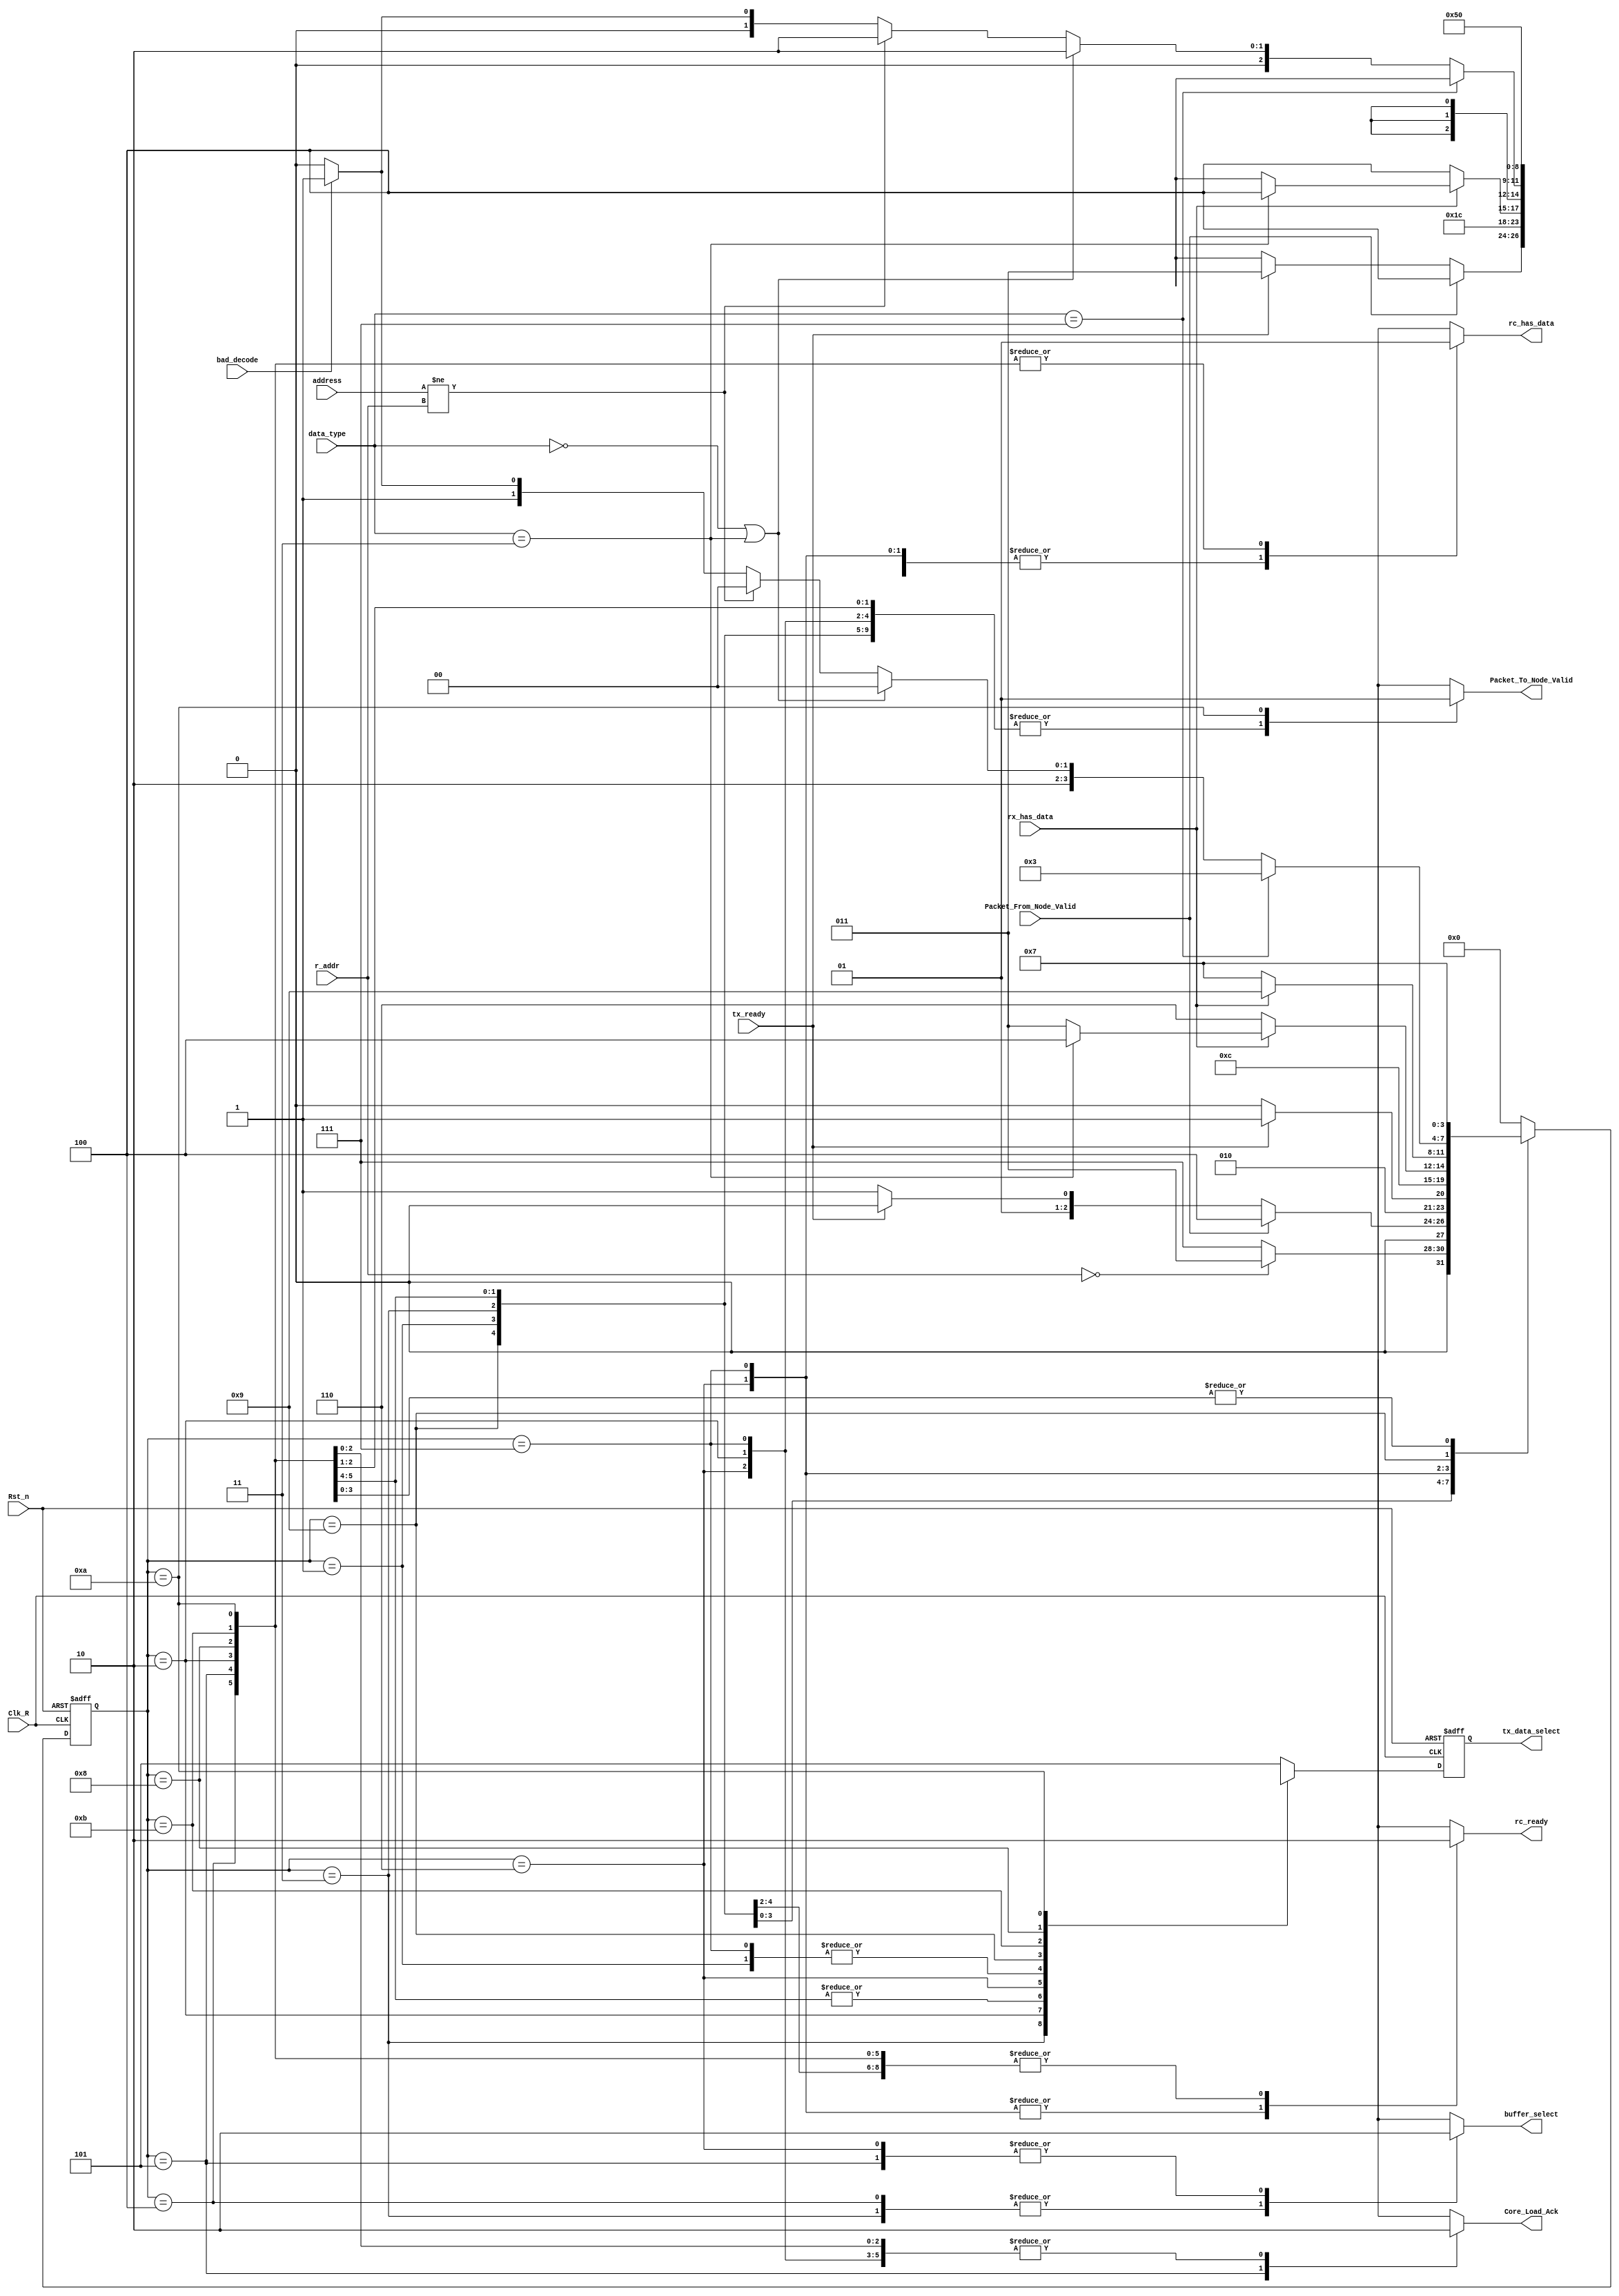
module control_logic(Clk_R, Rst_n, rx_has_data, address, r_addr, bad_decode, data_type, Packet_To_Node_Valid, 
			Core_Load_Ack, Packet_From_Node_Valid, buffer_select, 
			tx_data_select, rc_ready, tx_ready, rc_has_data);

   parameter[2:0] TOKEN =  3'b111;
   parameter[2:0] ACK =    3'b000;
   parameter[2:0] NACK =   3'b011;
   parameter[2:0] DATA_C = 3'b010;
   parameter[2:0] DATA_3 = 3'b001;

   /* tx_data_select values */
   parameter [2:0] tx_ACK = 3'd0;
   parameter [2:0] tx_NACK = 3'd1;
   parameter [2:0] tx_FORWARD = 3'd2;
   parameter [2:0] tx_TOKEN = 3'd3;
   parameter [2:0] tx_NEW = 3'd4;
   parameter [2:0] ERR_SIG = 3'd5;
   
   /* states */
   parameter ERR_STATE =         4'd0;   
   parameter CHECK_IF_MASTER =	4'd1;
   parameter SEND_TOKEN	=	4'd2;
   parameter CHECK_NODE =	4'd3;
   parameter ENCODE =		4'd4;
   parameter SEND_TX =		4'd5;
   parameter LISTEN_WITH_TOKEN=	4'd6;
   parameter LISTEN_NO_TOKEN =	4'd7;
   parameter FORWARD =		4'd8;
   parameter CHECK_ADDRESS =    4'd9;
   parameter SEND_NODE	=	4'd10;
   parameter SEND_NACK  =       4'd11;
   
   input rx_has_data, bad_decode, Packet_From_Node_Valid, tx_ready, Clk_R, Rst_n;
   input [3:0] address;
   input [3:0] r_addr;
   input [2:0] data_type;
   
   output reg  rc_ready, Packet_To_Node_Valid, Core_Load_Ack, buffer_select, rc_has_data;
   output reg [2:0] tx_data_select;
   
   reg [3:0] 	state, next_state;
   reg [2:0]    select_sig,next_select_sig;
   
   always@(posedge Clk_R, negedge Rst_n)begin
      if(!Rst_n) begin
	state <= CHECK_IF_MASTER;
	select_sig <= 3'b0; 
	end
      else begin
	state <= next_state;
	select_sig <= next_select_sig;
   end
   end

   // Next state logic
   always@(*)begin
      case(state)
	CHECK_IF_MASTER: begin
	   if(r_addr == 4'b0000) begin
	     next_state = CHECK_NODE;
	     next_select_sig = 3'bx;
	end
	   else begin
	     next_state = LISTEN_NO_TOKEN;
	     next_select_sig = 3'bx;
	end
	end
	CHECK_NODE: begin
	   if(Packet_From_Node_Valid) begin
	     next_state = ENCODE;
	     next_select_sig = tx_NEW;
	     end
	   else begin
	      if(tx_ready) begin
		next_state = SEND_TOKEN;
		next_select_sig = tx_TOKEN;
		end
	      else begin
		next_state = CHECK_NODE;
		next_select_sig = 3'bx;
	   end
	end
	end
	SEND_TOKEN: begin
	  next_state = LISTEN_NO_TOKEN;
	  next_select_sig = tx_TOKEN;
	  end
	
	
	ENCODE: begin
	   if(tx_ready) begin
	     next_state = SEND_TX;
		next_select_sig = tx_NEW;
		end
	   else begin
	     next_state = ENCODE;
	     next_select_sig = tx_NEW;
		end
	end
	
	SEND_TX: begin
	  next_state = LISTEN_WITH_TOKEN;
	  next_select_sig = tx_NEW;
	end	
	
	LISTEN_WITH_TOKEN:begin
	  if(rx_has_data) begin
	     if(data_type == NACK) begin
	       next_state = ENCODE;
		next_select_sig = tx_NEW;
		end
	     else begin
	       next_state = CHECK_NODE;
		next_select_sig = 3'bx;
		end
	  end
	  else begin
	    next_state = LISTEN_WITH_TOKEN;
	    next_select_sig = tx_NEW;
	end
	end
	

	LISTEN_NO_TOKEN: begin
	  if (~rx_has_data) begin
	    next_state = LISTEN_NO_TOKEN;
		next_select_sig = 3'bx;
		end
	  else begin
	    next_state = CHECK_ADDRESS;
		next_select_sig = 3'bx;
		end
		end

	CHECK_ADDRESS:
	  if (data_type == TOKEN) begin
	    next_state = CHECK_NODE;
		next_select_sig = 3'bx;
		end
	  else if (data_type == ACK | data_type == NACK) begin
	    next_state = FORWARD;
	   next_select_sig = tx_FORWARD;
		end
	  else if (address != r_addr) begin
	    next_state = FORWARD;
	next_select_sig = tx_FORWARD;
	end
	  else if (bad_decode) begin
	    next_state = SEND_NACK;
	next_select_sig = tx_NACK;
	end
	  else begin
	    next_state = SEND_NODE;
	next_select_sig = tx_ACK;
	end

	SEND_NACK: begin
	  next_state = LISTEN_NO_TOKEN;
	  next_select_sig = tx_NACK;
	end
	
	FORWARD: begin
	  next_state = LISTEN_NO_TOKEN;
	next_select_sig = tx_FORWARD;
	end
	SEND_NODE: begin
	  next_state = LISTEN_NO_TOKEN;
	next_select_sig = tx_ACK;
	end

	default: begin
	  next_state = ERR_STATE;
	 next_select_sig = ERR_SIG;
	 end
      endcase // case (state)
   end // always@ (*)


   /* Output logic */

   always @(state) begin
      case (state)
	CHECK_IF_MASTER: begin
	   rc_ready = 1'b0;
	   Packet_To_Node_Valid = 1'b0;
	   Core_Load_Ack= 1'b0;
	   buffer_select= 1'bx;
	   tx_data_select= select_sig;
	   rc_has_data= 1'b0;
	end

	CHECK_NODE: begin
	   rc_ready = 1'b0;
	   Packet_To_Node_Valid = 1'b0;
	   Core_Load_Ack = 1'b0;
	   buffer_select = 1'b1;
	   tx_data_select = select_sig;
	   rc_has_data = 1'b0;
	end

	ENCODE: begin
	   rc_ready = 1'b0;
	   Packet_To_Node_Valid = 1'b0;
	   Core_Load_Ack = 1'b0;
	   buffer_select = 1'b1;
	   tx_data_select = select_sig;
	   rc_has_data = 1'b1;
	end

	SEND_TX: begin
	   rc_ready = 1'b0;
	   Packet_To_Node_Valid = 1'b0;
	   Core_Load_Ack = 1'b1;
	   buffer_select = 1'b0;
	   tx_data_select = select_sig;
	   rc_has_data = 1'b1;
	end

	LISTEN_WITH_TOKEN: begin
	   rc_ready = 1'b1;
	   Packet_To_Node_Valid = 1'b0;
	   Core_Load_Ack = 1'b0;
	   buffer_select = 1'b0;
	   tx_data_select = select_sig;
	   rc_has_data = 1'b0;
	end

	SEND_TOKEN: begin
	   rc_ready = 1'b0;
	   Packet_To_Node_Valid = 1'b0;
	   Core_Load_Ack = 1'b0;
	   buffer_select = 1'bx;
	   tx_data_select = select_sig;
	   rc_has_data = 1'b1;
	end

	LISTEN_NO_TOKEN: begin
	   rc_ready = 1'b1;
	   Packet_To_Node_Valid = 1'b0;
	   Core_Load_Ack = 1'b0;
	   buffer_select = 1'bx;
	   tx_data_select = select_sig;
	   rc_has_data = 1'b0;
	end

	CHECK_ADDRESS: begin
	   rc_ready = 1'b0;
	   Packet_To_Node_Valid = 1'b0;
	   Core_Load_Ack = 1'b0;
	   buffer_select = 1'bx;
	   tx_data_select = select_sig;
	   rc_has_data = 1'b0;
	end

	FORWARD: begin
	   rc_ready = 1'b0;
	   Packet_To_Node_Valid = 1'b0;
	   Core_Load_Ack = 1'b0;
	   buffer_select = 1'bx;
	   tx_data_select = select_sig;
	   rc_has_data = 1'b1;
	end

	SEND_NACK: begin
	   rc_ready = 1'b0;
	   Packet_To_Node_Valid = 1'b0;
	   Core_Load_Ack = 1'b0;
	   buffer_select = 1'bx;
	   tx_data_select = select_sig;
	   rc_has_data = 1'b1;
	end

	SEND_NODE: begin
	   rc_ready = 1'b0;
	   Packet_To_Node_Valid = 1'b1;
	   Core_Load_Ack = 1'b0;
	   buffer_select = 1'bx;
	   tx_data_select = select_sig;
	   rc_has_data = 1'b1;
	end

	default: begin
	   rc_ready = 1'bx;
	   Packet_To_Node_Valid = 1'bx;
	   Core_Load_Ack = 1'bx;
	   buffer_select = 1'bx;
	   tx_data_select = select_sig;
	   rc_has_data = 1'bx;
	end
      endcase // case (state)
   end // always @ (state)
endmodule // control_logic